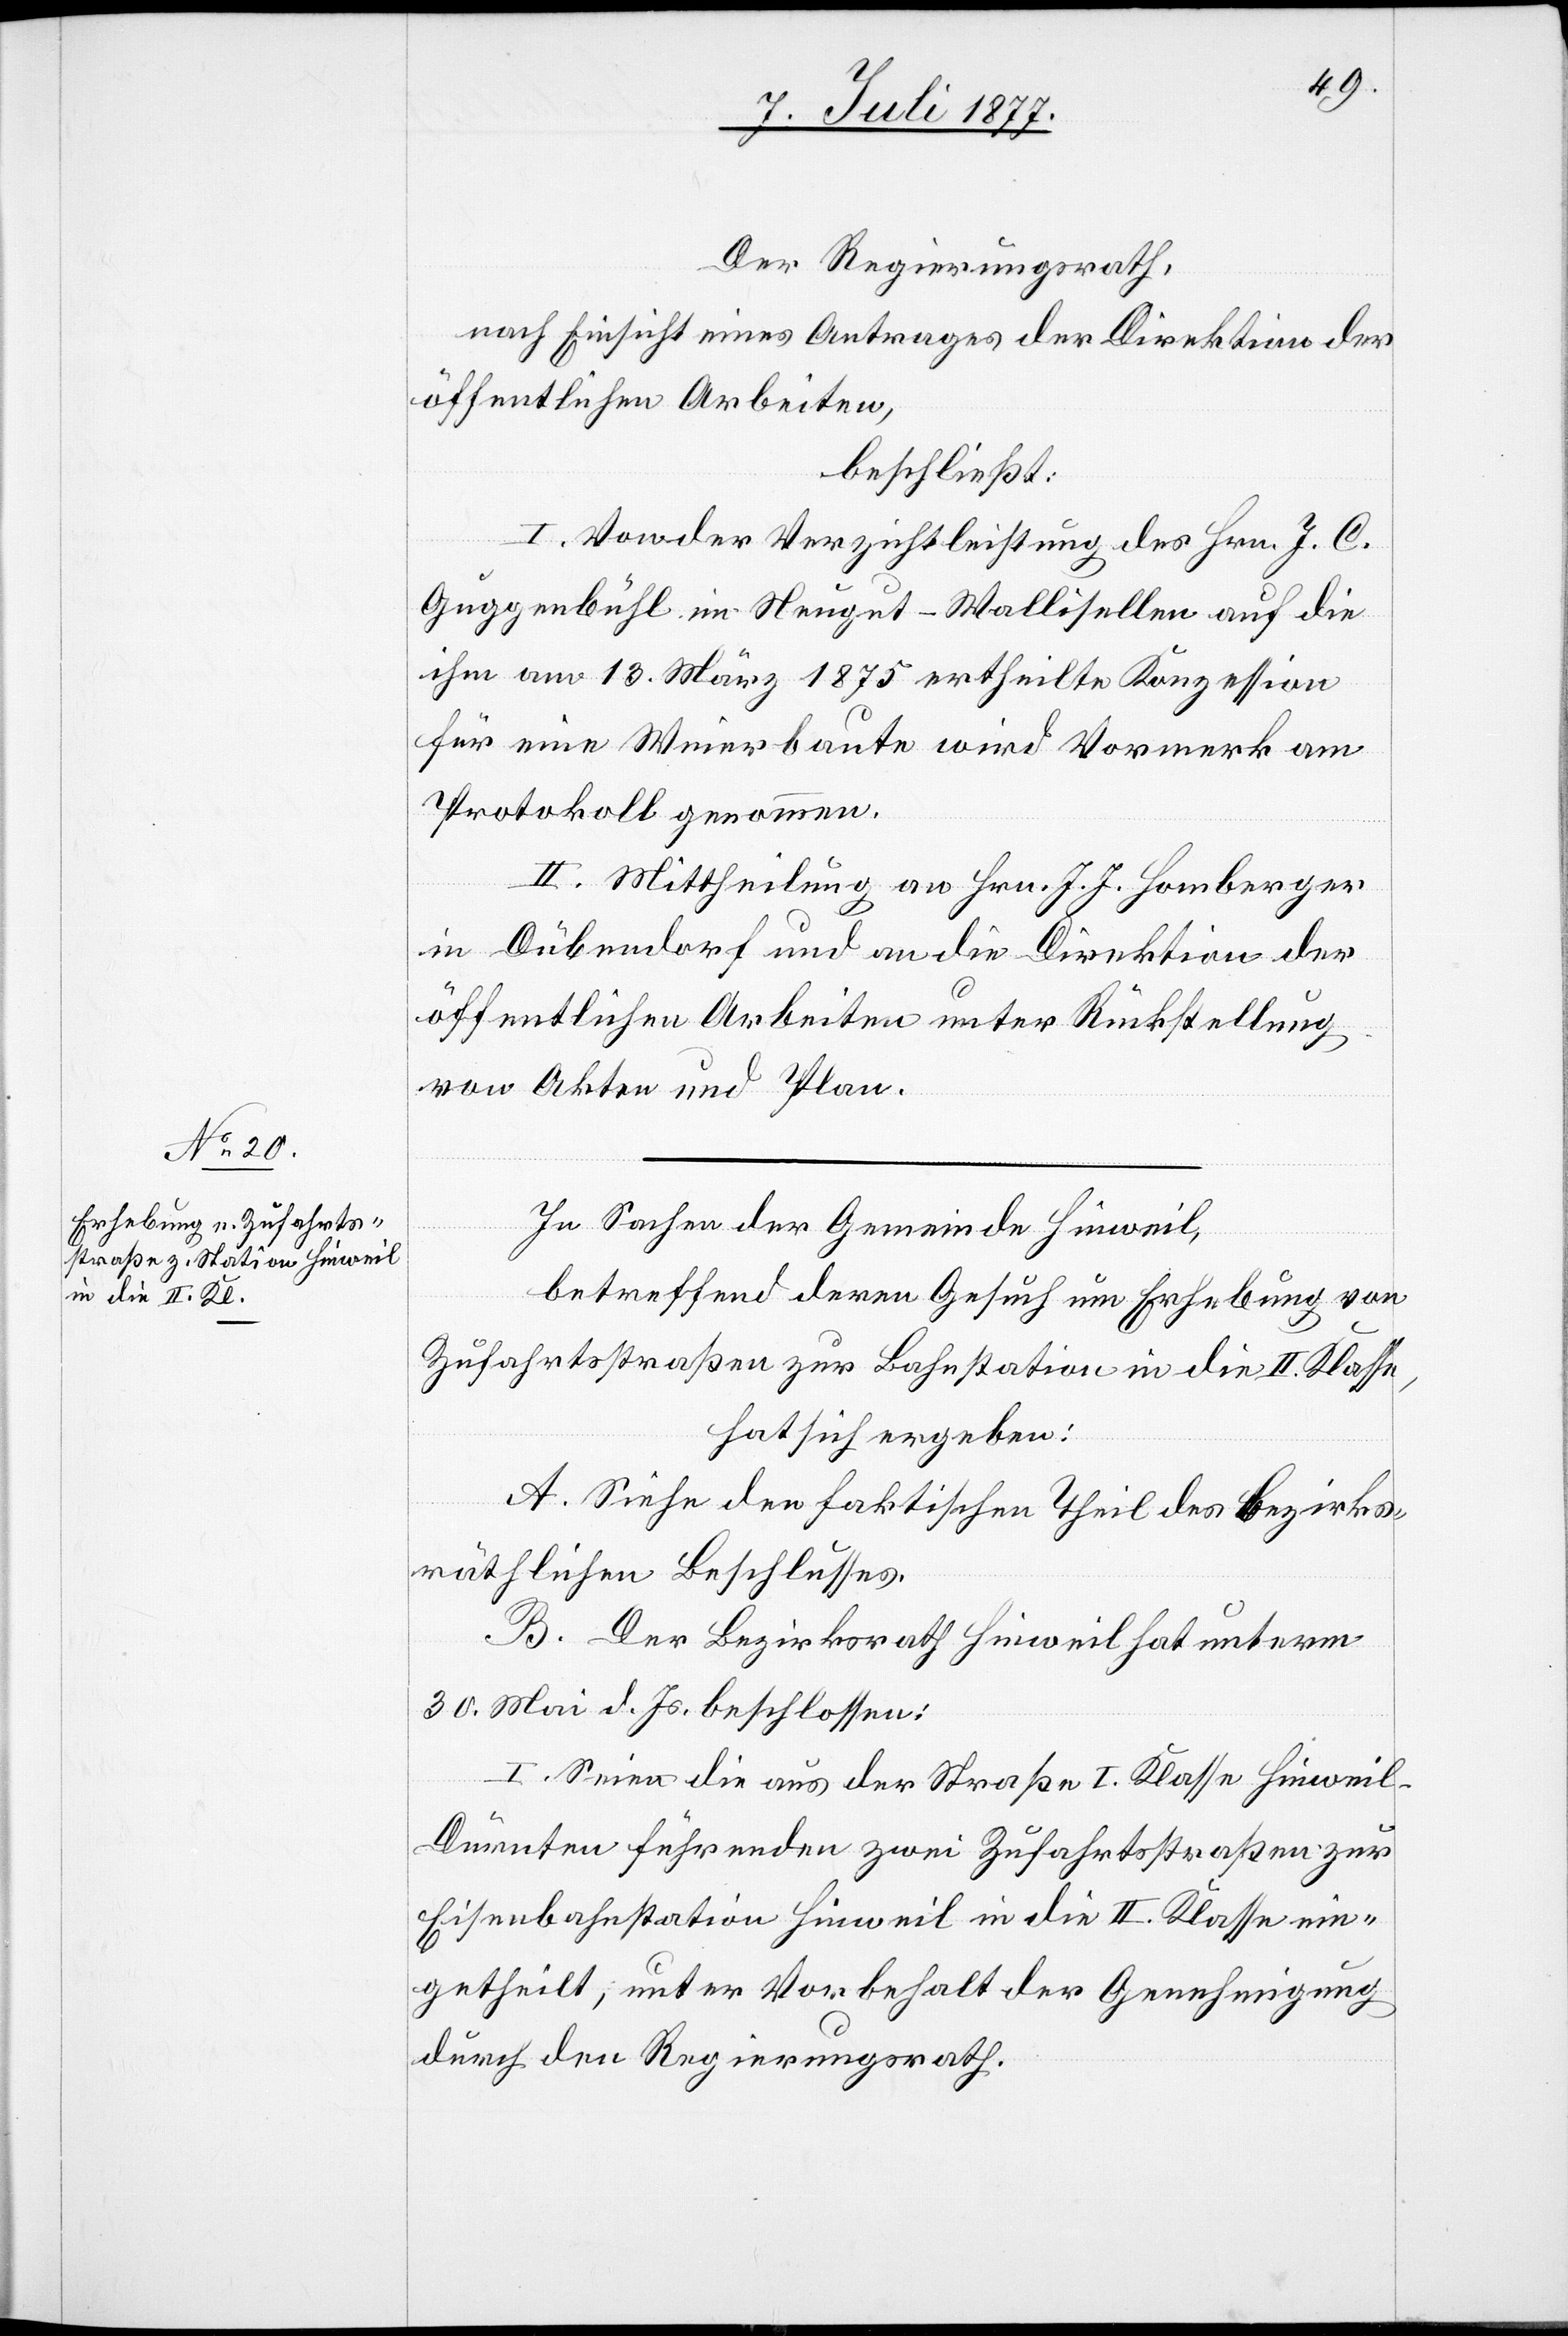
Der Regierungsrath,
nach Einsicht eines Antrages der Direktion der
öffentlichen Arbeiten,
beschließt:
I. Von der Verzichtleistung des Hrn. J. C.
Guggenbühl im Neugut - Wallisellen auf die
ihm am 13. März 1875 ertheilte Konzession
für eine Weierbaute wird Vormerk am
Protokoll genommen.
II. Mittheilung an Hrn. J. J. Homberger
in Dübendorf und an die Direktion der
öffentlichen Arbeiten unter Rückstellung
von Akten und Plan.
In Sachen der Gemeinde Hinweil,
betreffend deren Gesuch um Erhebung von
Zufahrtsstraßen zur Bahnstation in die II. Klasse,
hat sich ergeben:
A. Siehe den faktischen Theil des bezirks¬
räthlichen Beschlusses.
B. Der Bezirksrath Hinweil hat unterm
30. Mai d. Js. beschlossen:
I. Seien die aus der Straße I. Klasse Hinwei¬
l–Dürnten führenden zwei Zufahrtsstraßen zur
Eisenbahnstation Hinweil in die II. Klasse ein¬
getheilt, unter Vorbehalt der Genehmigung
durch den Regierungsrath.